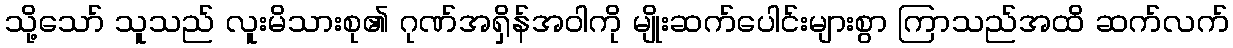
သို့သော် သူသည် လူးမိသားစု၏ ဂုဏ်အရှိန်အဝါကို မျိုးဆက်ပေါင်းများစွာ ကြာသည်အထိ ဆက်လက်